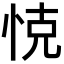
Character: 𢚛